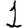
Digit: 1